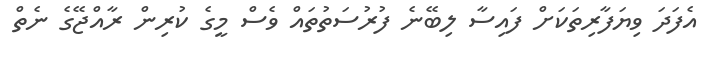
އެފަދަ ވިޔަފާރިތަކަށް ފައިސާ ލިބޭނެ ފުރުސަތުތައް ވެސް މީގެ ކުރިން ރާއްޖޭގެ ނެތް